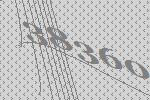
38360